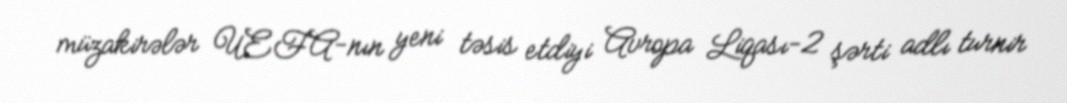
müzakirələr UEFA-nın yeni təsis etdiyi Avropa Liqası-2 şərti adlı turnir